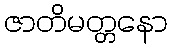
ဇာတိမတ္တနော